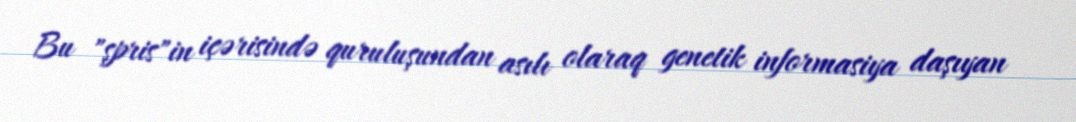
Bu "şpris"in içərisində quruluşundan asılı olaraq genetik informasiya daşıyan